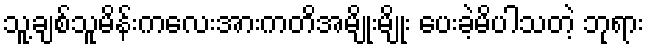
သူ့ချစ်သူမိန်းကလေးအားကတိအမျိုးမျိုး ပေးခဲ့မိပါသတဲ့ ဘုရား